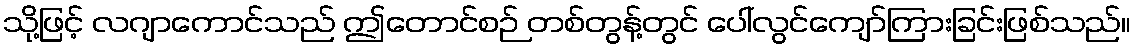
သို့ဖြင့် လဂျာကောင်သည် ဤတောင်စဉ် တစ်တွန့်တွင် ပေါ်လွင်ကျော်ကြားခြင်းဖြစ်သည်။